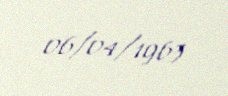
06/04/1963